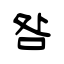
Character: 咎